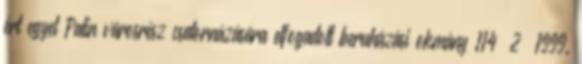
ért egyet Palin városrész csatornázására elfogadott beruházási okmány 114 2 1999.